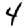
Digit: 4